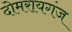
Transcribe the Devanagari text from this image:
दोमरायगंज